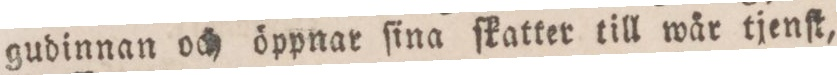
gudinnan och öppnar ſina ſkatter till wår tjenſt,